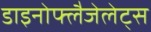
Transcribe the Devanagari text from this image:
डाइनोफ्लैजेलेट्स